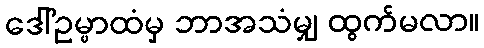
ဒေါ်ဥမ္မာထံမှ ဘာအသံမျှ ထွက်မလာ။